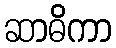
ဆာဓိကာ